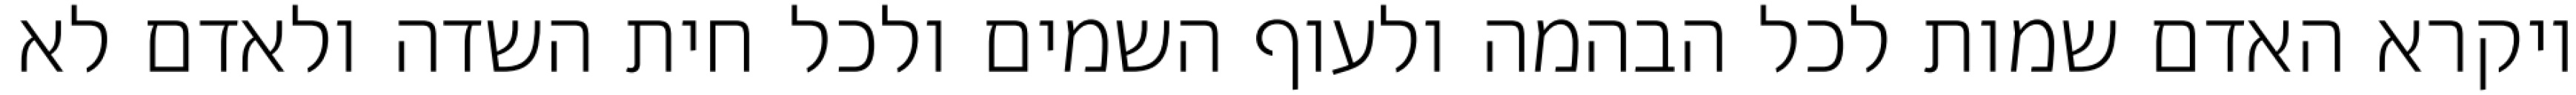
ויקרא האדם שמות לכל הבהמה ולעוף השמים ולכל חית השדה ולאדם לא